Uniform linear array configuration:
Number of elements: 24
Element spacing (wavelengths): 0.5
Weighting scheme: cosine
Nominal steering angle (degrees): -45
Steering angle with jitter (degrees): -43.369
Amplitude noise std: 0.05
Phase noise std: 0.05

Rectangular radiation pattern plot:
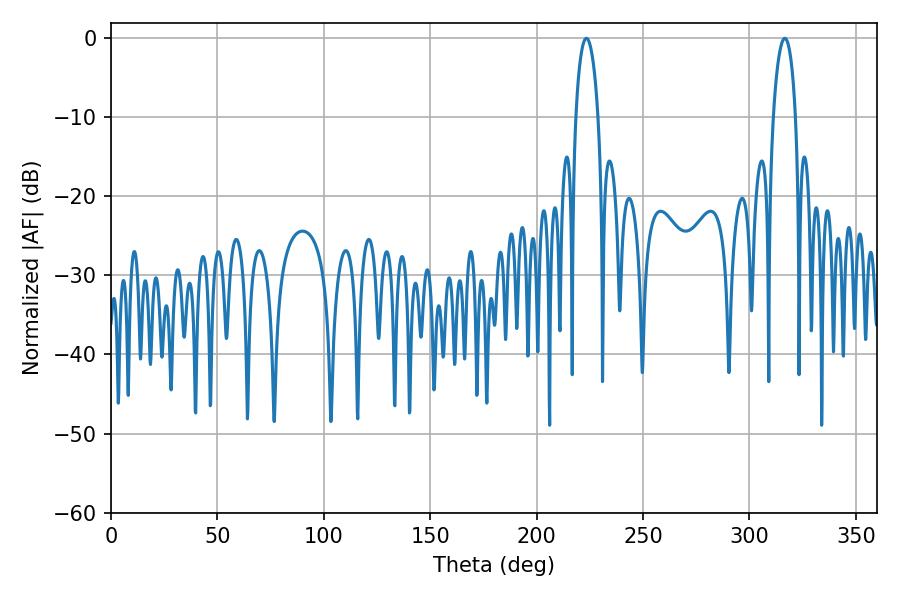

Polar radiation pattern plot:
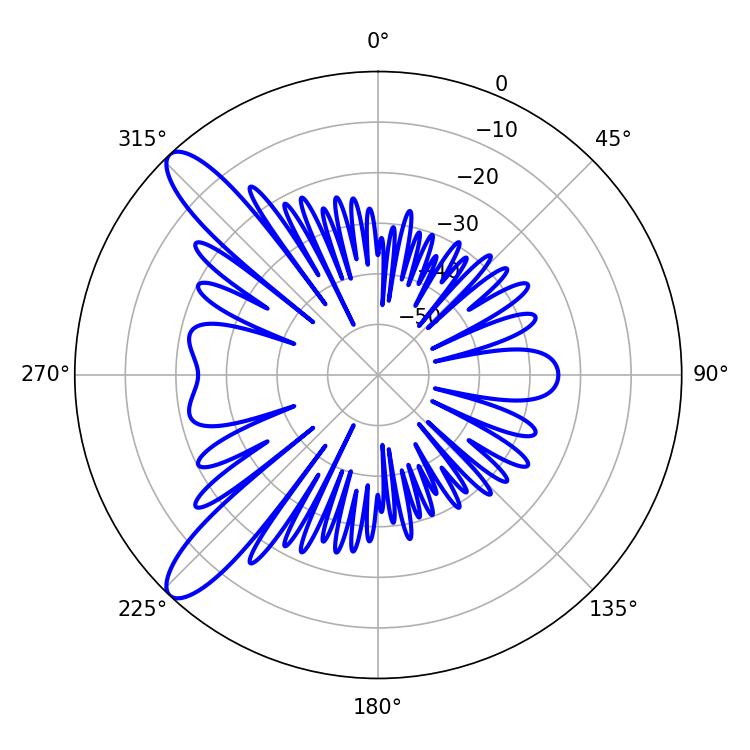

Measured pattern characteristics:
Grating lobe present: FALSE
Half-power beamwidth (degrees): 5.94
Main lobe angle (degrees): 223.38